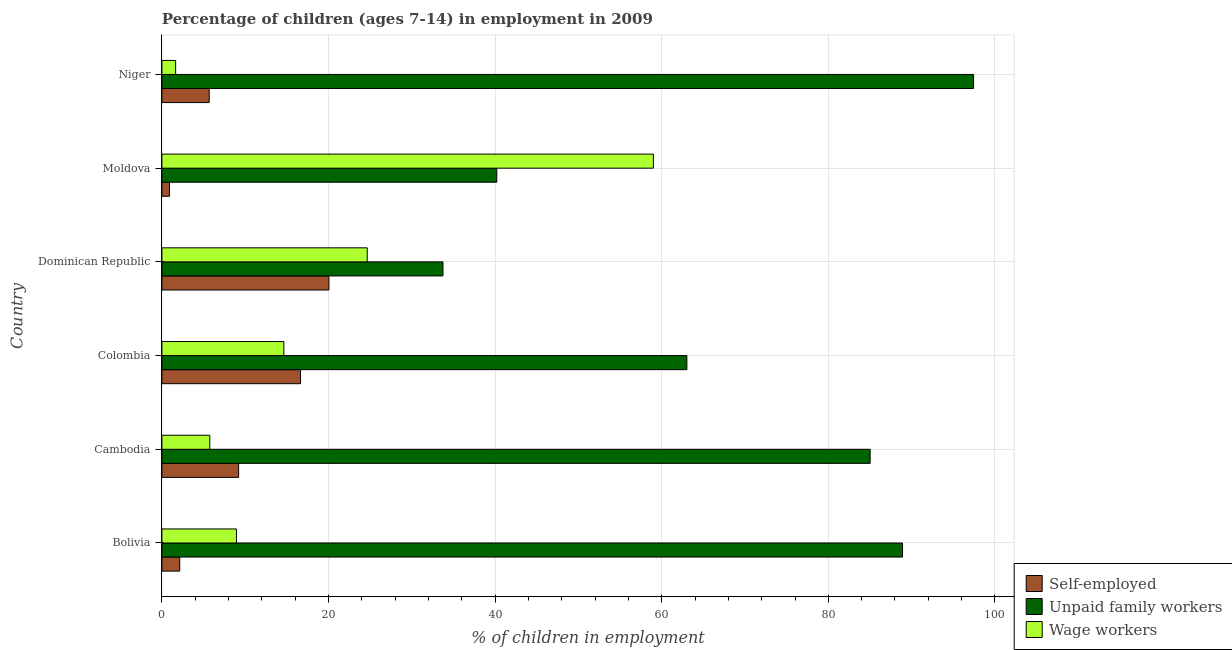
| Country | Self-employed | Unpaid family workers | Wage workers |
 | --- | --- | --- | --- |
 | Bolivia | 2.14 | 88.9 | 8.95 |
 | Cambodia | 9.21 | 85 | 5.75 |
 | Colombia | 16.6 | 63 | 14.6 |
 | Dominican Republic | 20.1 | 33.7 | 24.6 |
 | Moldova | 0.91 | 40.2 | 59 |
 | Niger | 5.68 | 97.4 | 1.65 |